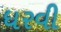
ધરવી